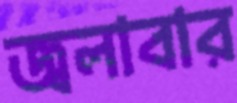
জ্বলাবার